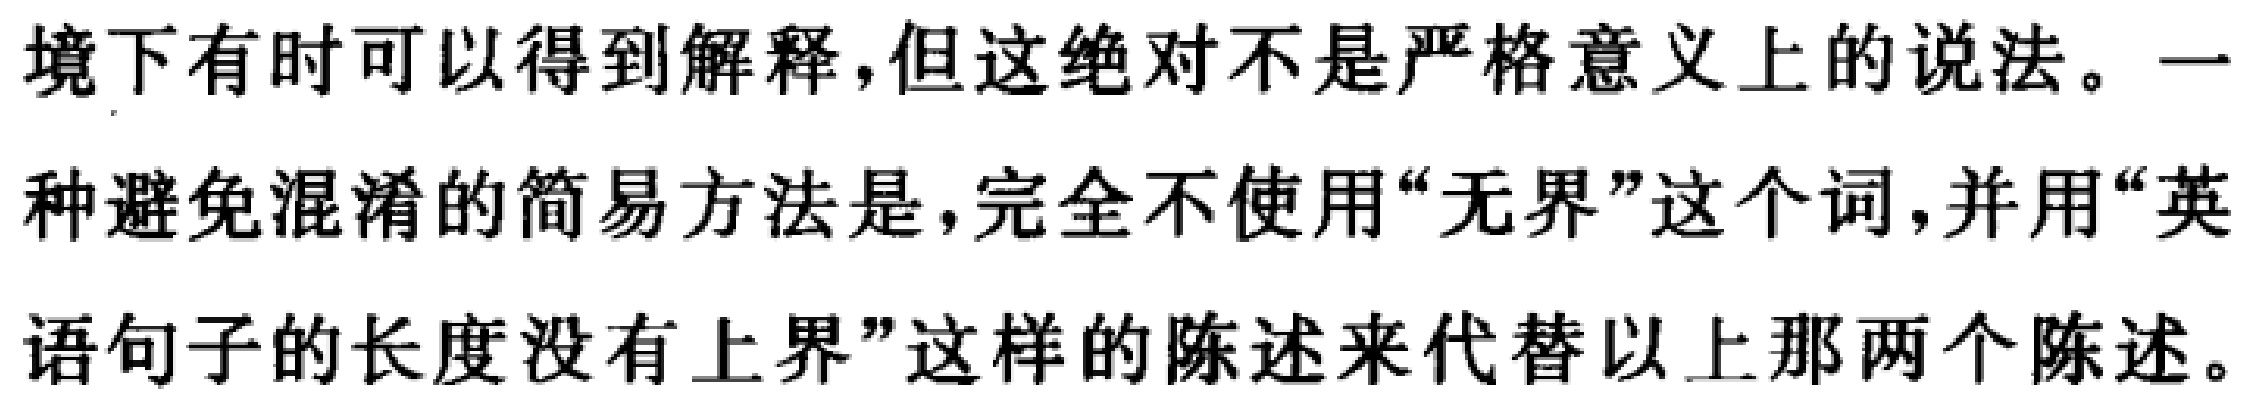
境下有时可以得到解释,但这绝对不是严格意义上的说法。一种避免混淆的简易方法是,完全不使用“无界”这个词,并用“英语句子的长度没有上界”这样的陈述来代替以上那两个陈述。